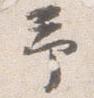
予